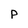
Character: p